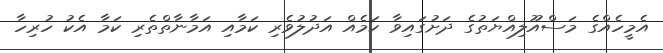
އެމީހެއްގެ މަސްއޫލިއްޔަތުގެ ދަށުގައިވާ ކަމެއް އަދުލުވެރި ކަމާއި އަމާނާތްތެރި ކަމާ އެކު ހުރިހާ